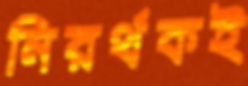
নিরর্থকই